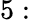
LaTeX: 5: